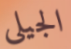
الجيلي